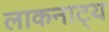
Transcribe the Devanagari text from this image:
लाकनाट्य